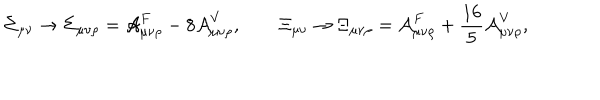
\Sigma _ { \mu \nu } \rightarrow \Sigma _ { \mu \nu \rho } = { \cal A } _ { \mu \nu \rho } ^ { F } - 8 { \cal A } _ { \mu \nu \rho } ^ { V } , \qquad \Xi _ { \mu \nu } \rightarrow \Xi _ { \mu \nu \rho } = { \cal A } _ { \mu \nu \rho } ^ { F } + { \frac { 1 6 } { 5 } } { \cal A } _ { \mu \nu \rho } ^ { V } ,